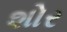
શોર